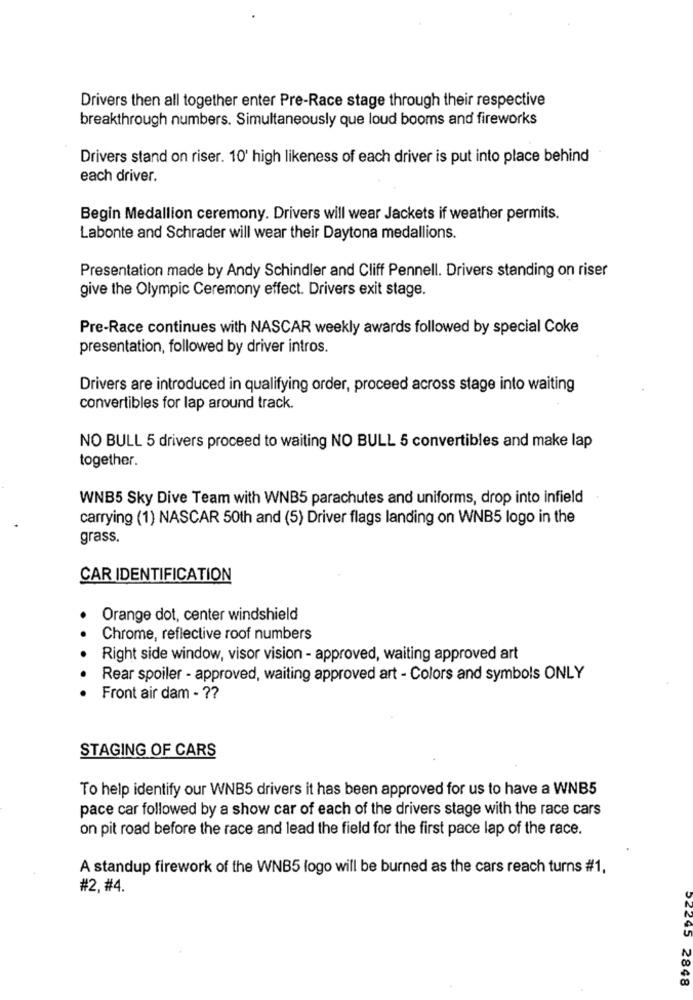
Drivers then all together enter Pre-Race stage through their respective
breakthrough numbers. Simultaneously que loud booms and fireworks
Drivers stand on riser. 10' high likeness of each driver is put into place behind
each driver.
Begin Medallion ceremony. Drivers will wear Jackets if weather permits.
Labonte and Schrader will wear their Daytona medallions.
Presentation made by Andy Schindler and Cliff Pennell. Drivers standing on riser
give the Olympic Ceremony effect. Drivers exit stage.
Pre-Race continues with NASCAR weekly awards followed by special Coke
presentation, followed by driver intros.
Drivers are introduced in qualifying order, proceed across stage into waiting
convertibles for lap around track.
NO BULL 5 drivers proceed to waiting NO BULL 5 convertibles and make lap
together.
WNB5 Sky Dive Team with WNB5 parachutes and uniforms, drop into infield
carrying (1) NASCAR 50th and (5) Driver flags landing on WNB5 logo in the
grass.
CAR IDENTIFICATION
Orange dot, center windshield
Chrome, reflective roof numbers
Right side window, visor vision - approved, waiting approved art
Rear spoiler - approved, waiting approved art - Colors and symbols ONLY
Front air dam - ??
STAGING OF CARS
To help identify our WNB5 drivers it has been approved for us to have a WNB5
pace car followed by a show car of each of the drivers stage with the race cars
on pit road before the race and lead the field for the first pace lap of the race.
A standup firework of the WNB5 logo will be burned as the cars reach turns #1,
#2,#4.
152245 2848